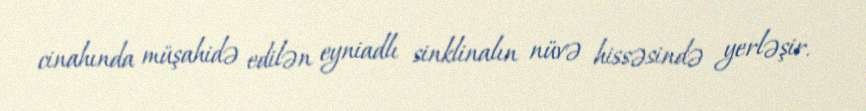
cinahında müşahidə edilən eyniadlı sinklinalın nüvə hissəsində yerləşir.